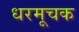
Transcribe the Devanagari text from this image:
धरमूचक